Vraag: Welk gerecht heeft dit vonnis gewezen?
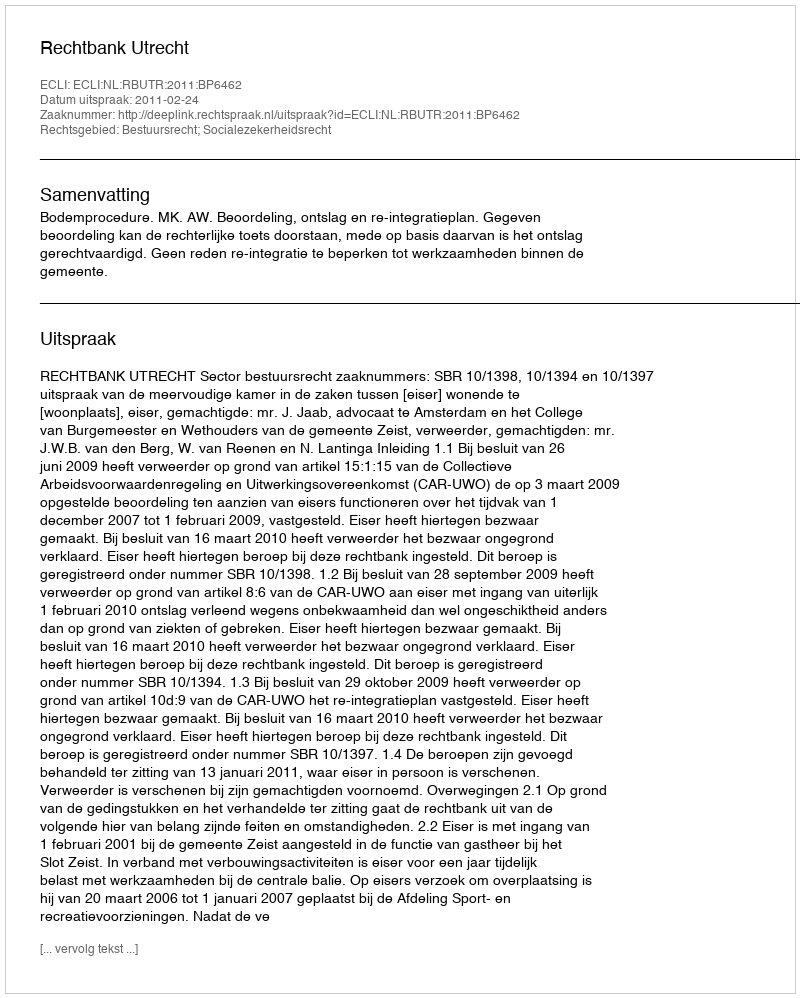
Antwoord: Rechtbank Utrecht